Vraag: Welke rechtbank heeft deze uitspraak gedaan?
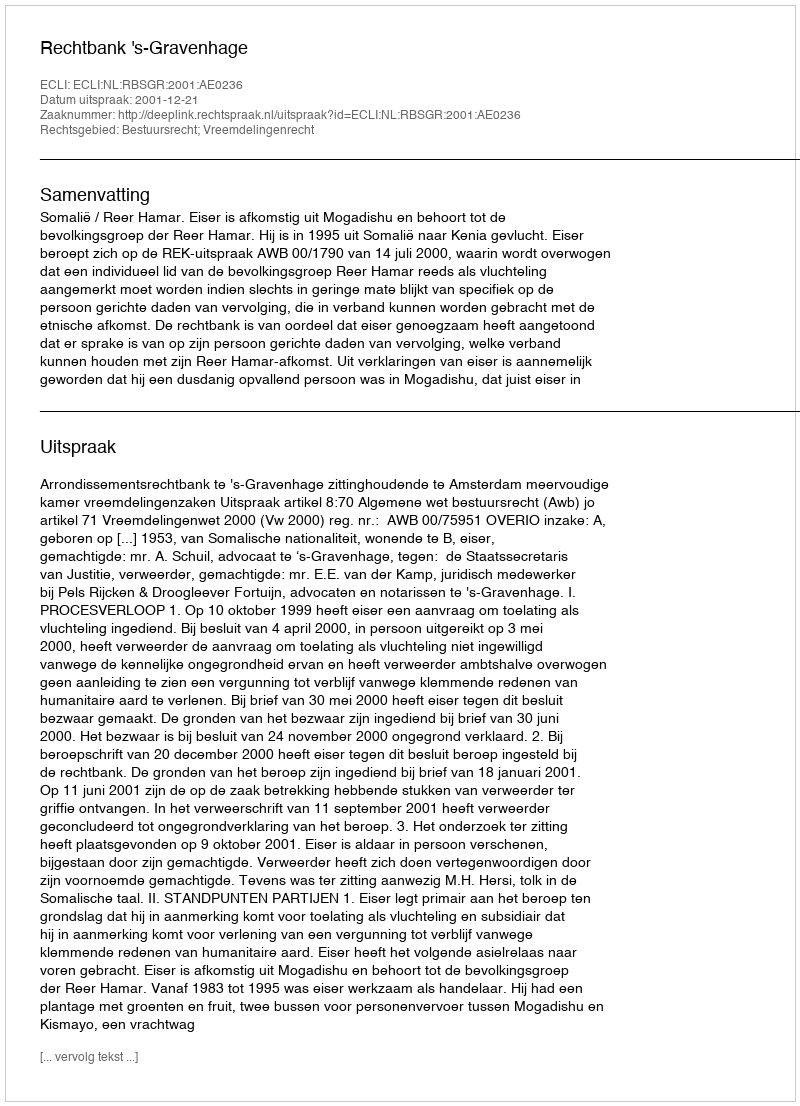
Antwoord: Rechtbank 's-Gravenhage